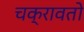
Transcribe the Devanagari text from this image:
चक्रावतो